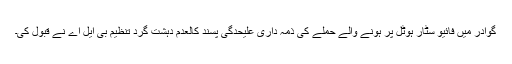
گوادر میں فائیو سٹار ہوٹل پر ہونے والے حملے کی ذمہ داری علیحدگی پسند کالعدم دہشت گرد تنظیم بی ایل اے نے قبول کی۔